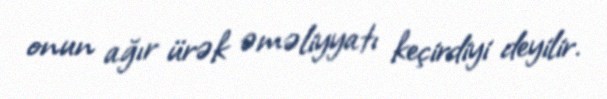
onun ağır ürək əməliyyatı keçirdiyi deyilir.